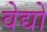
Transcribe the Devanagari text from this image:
वेद्यों